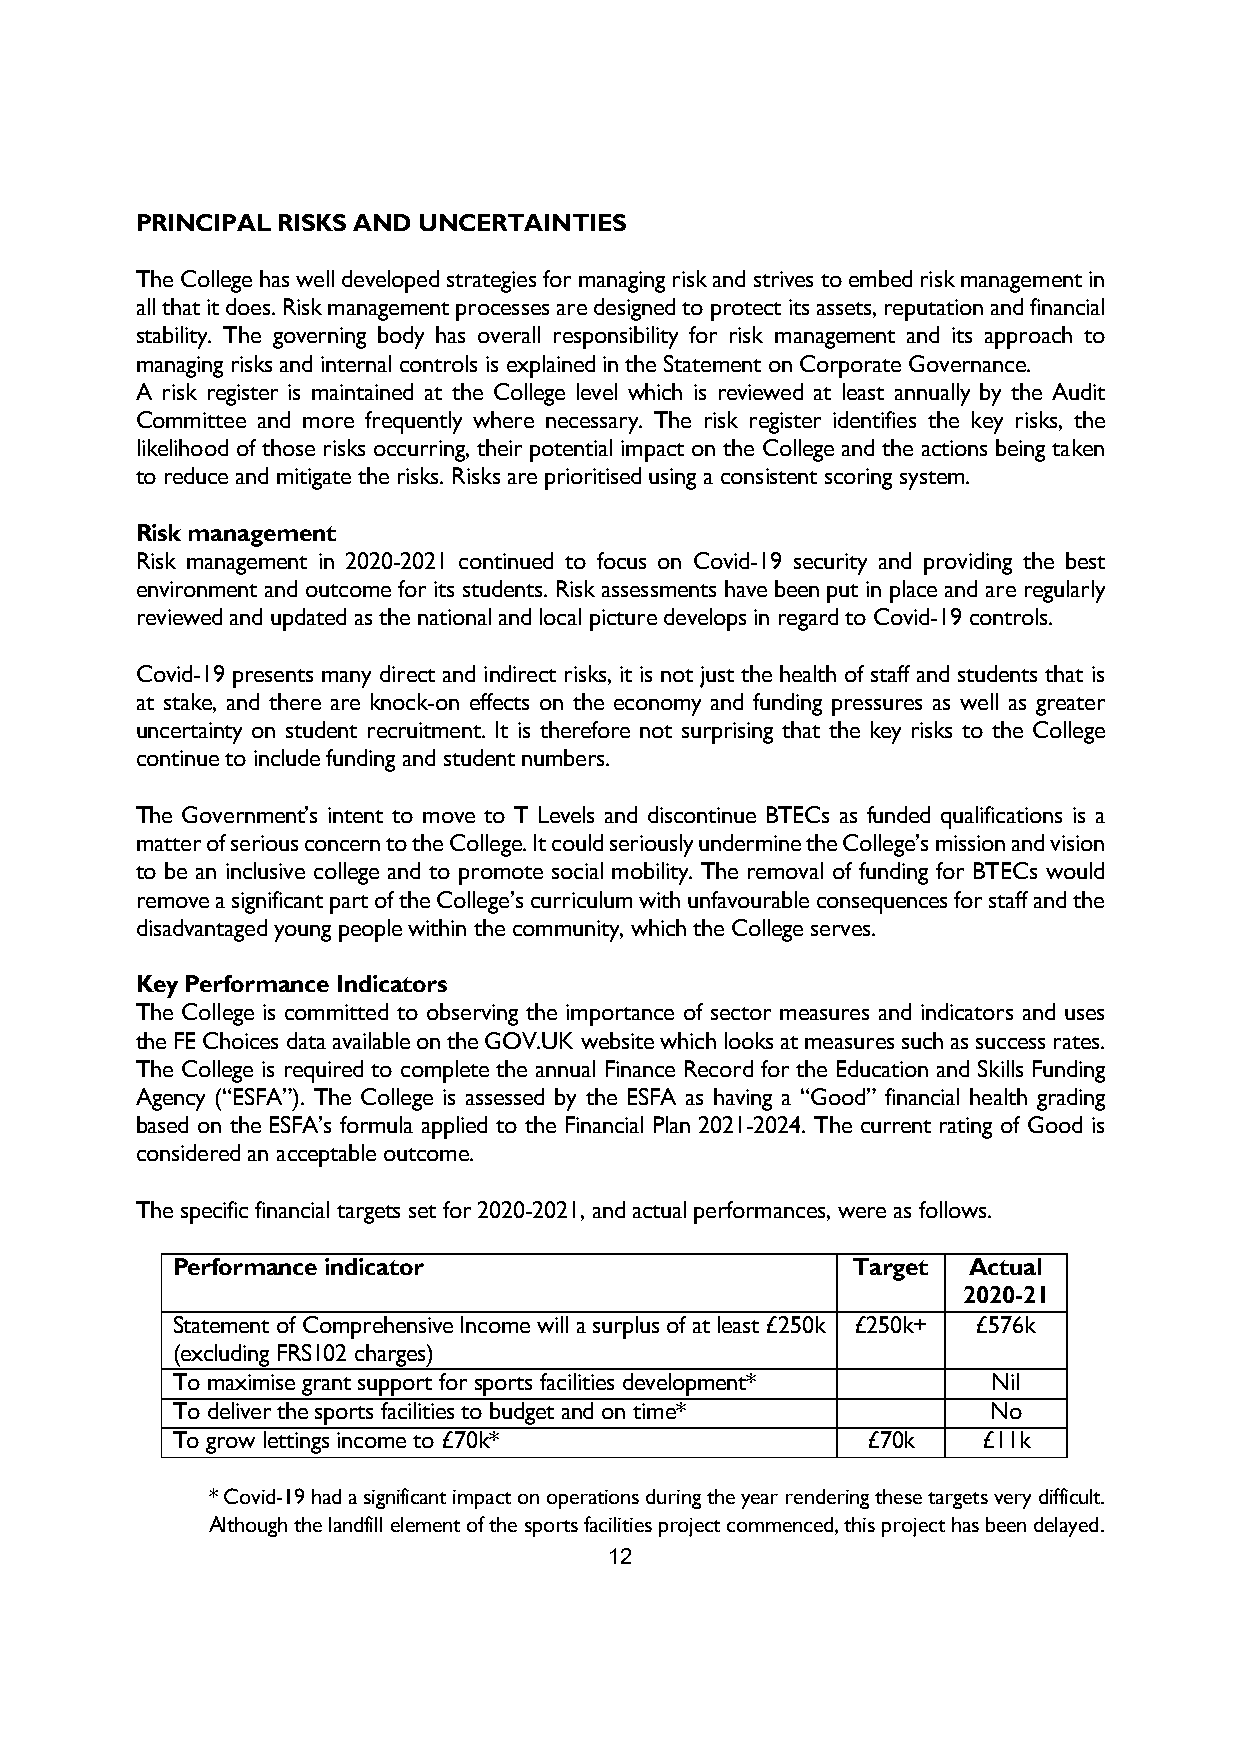
PRINCIPAL RISKS AND UNCERTAINTIES
 The College has well developed strategies for managing risk and strives to embed risk management in
 all that it does. Risk management processes are designed to protect its assets, reputation and financial
 stability. The governing body has overall responsibility for risk management and its approach to
 managing risks and internal controls is explained in the Statement on Corporate Governance.
 A risk register is maintained at the College level which is reviewed at least annually by the Audit
 Committee and more frequently where necessary. The risk register identifies the key risks, the
 likelihood of those risks occurring, their potential impact on the College and the actions being taken
 to reduce and mitigate the risks. Risks are prioritised using a consistent scoring system.
 Risk management
 Risk management in 2020-2021 continued to focus on Covid-19 security and providing the best
 environment and outcome for its students. Risk assessments have been put in place and are regularly
 reviewed and updated as the national and local picture develops in regard to Covid-19 controls.
 Covid-19 presents many direct and indirect risks, it is not just the health of staff and students that is
 at stake, and there are knock-on effects on the economy and funding pressures as well as greater
 uncertainty on student recruitment. It is therefore not surprising that the key risks to the College
 continue to include funding and student numbers.
 The Government’s intent to move to T Levels and discontinue BTECs as funded qualifications is a
 matter of serious concern to the College. It could seriously undermine the College’s mission and vision
 to be an inclusive college and to promote social mobility. The removal of funding for BTECs would
 remove a significant part of the College’s curriculum with unfavourable consequences for staff and the
 disadvantaged young people within the community, which the College serves.
 Key Performance Indicators
 The College is committed to observing the importance of sector measures and indicators and uses
 the FE Choices data available on the GOV.UK website which looks at measures such as success rates.
 The College is required to complete the annual Finance Record for the Education and Skills Funding
 Agency (“ESFA”). The College is assessed by the ESFA as having a “Good” financial health grading
 based on the ESFA’s formula applied to the Financial Plan 2021-2024. The current rating of Good is
 considered an acceptable outcome.
 The specific financial targets set for 2020-2021, and actual performances, were as follows.
 Performance indicator                        Target  Actual
 2020-21
 Statement of Comprehensive Income will a surplus of at least £250k £250k+ £576k
 (excluding FRS102 charges)
 To maximise grant support for sports facilities development* Nil
 To deliver the sports facilities to budget and on time* No
 To grow lettings income to £70k*              £70k    £11k
 * Covid-19 had a significant impact on operations during the year rendering these targets very difficult.
 Although the landfill element of the sports facilities project commenced, this project has been delayed.
 12